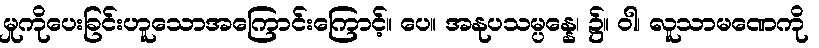
မှုကိုပေးခြင်းဟူသောအကြောင်းကြောင့်။ ပေ။ အနုပသမ္ပန္နေ၊ ၌။ ဝါ၊ လူသာမဏေကို